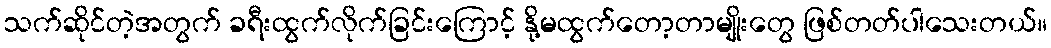
သက်ဆိုင်တဲ့အတွက် ခရီးထွက်လိုက်ခြင်းကြောင့် နို့မထွက်တော့တာမျိုးတွေ ဖြစ်တတ်ပါသေးတယ်။